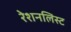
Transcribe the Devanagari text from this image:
रेशनलिस्ट